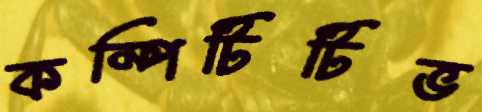
কম্পিটিটিভ